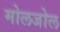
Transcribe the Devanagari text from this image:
मोलजोल